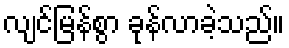
လျင်မြန်စွာ ခုန်လာခဲ့သည်။